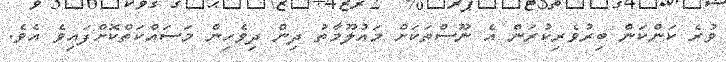
ވުރެ ކަންކަން ބިރުވެރިކުރަން އެ ނޫސްތަކަށް މައުލޫމާތު ދިން ދިވެހިން މަސައްކަތްކޮށްފައިވެ އެވެ.